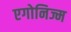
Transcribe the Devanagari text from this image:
एगोनिज्म